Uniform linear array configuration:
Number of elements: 32
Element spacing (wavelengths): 0.5
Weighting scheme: exponential
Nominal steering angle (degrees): -60
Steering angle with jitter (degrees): -60.678
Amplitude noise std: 0.05
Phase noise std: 0.05

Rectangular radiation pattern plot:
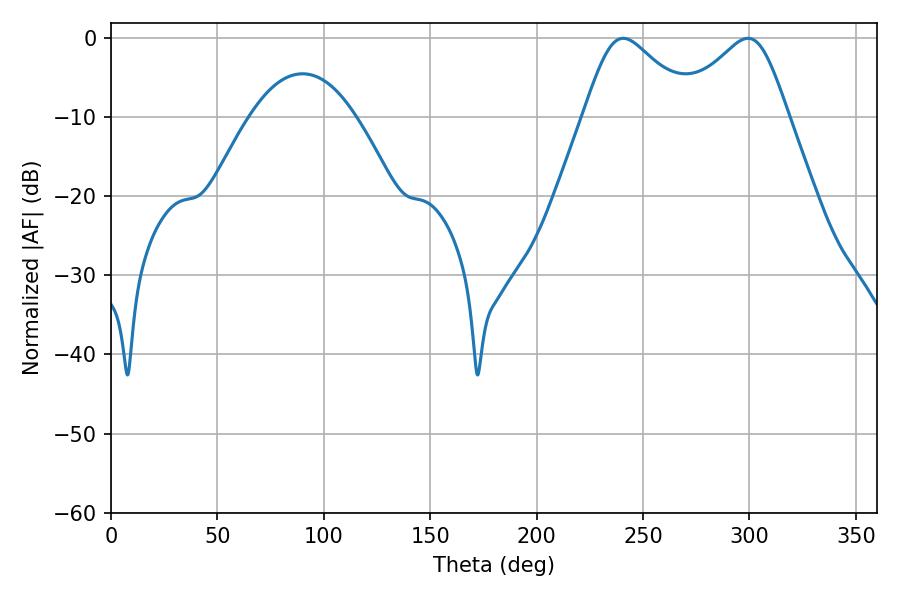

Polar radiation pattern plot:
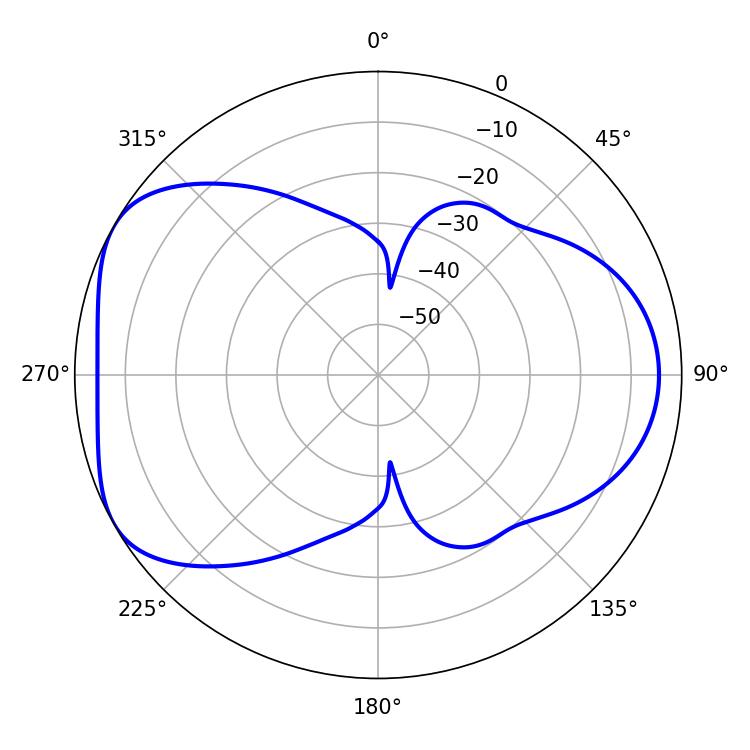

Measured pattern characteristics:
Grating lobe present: FALSE
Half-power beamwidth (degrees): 25.56
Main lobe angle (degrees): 240.66